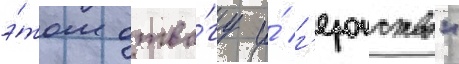
э́том отва́гу и́ г'ероиство"